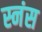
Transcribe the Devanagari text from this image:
स्नंस